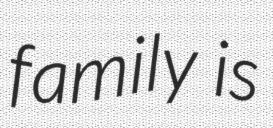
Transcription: family is